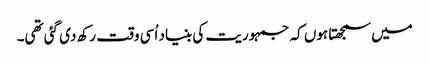
میں سمجھتا ہوں کہ جمہوریت کی بنیاد اُسی وقت رکھ دی گئی تھی۔